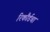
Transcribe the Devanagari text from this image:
रिकौर्डचा